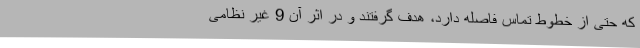
که حتی از خطوط تماس فاصله دارد، هدف گرفتند و در اثر آن 9 غیر نظامی